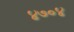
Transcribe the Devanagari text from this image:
४७०४